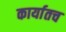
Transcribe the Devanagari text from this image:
कार्यातच